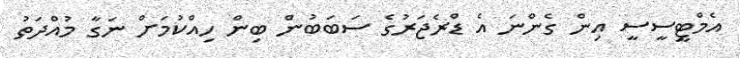
އެމްޓީސީސީ އިން ގެންނަ އެ ޑްރެޖަރުގެ ސަބަބުން ބިން ހިއްކުމަށް ނަގާ މުއްދަތު